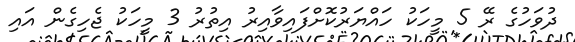
ދުވަހުގެ ރޭ 5 މީހަކު ހައްޔަރުކޮށްފައިވާއިރު އިތުރު 3 މީހަކު ޖެހިގެން އައި